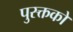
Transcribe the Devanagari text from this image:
पुस्क्तकों